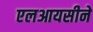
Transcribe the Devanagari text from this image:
एलआयसीने